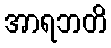
အာရဘတိ